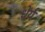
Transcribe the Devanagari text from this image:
धेर्य